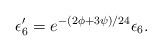
LaTeX: \begin{align*}\epsilon'_6 = e^{-(2\phi+3\psi)/24} \epsilon_6.\end{align*}